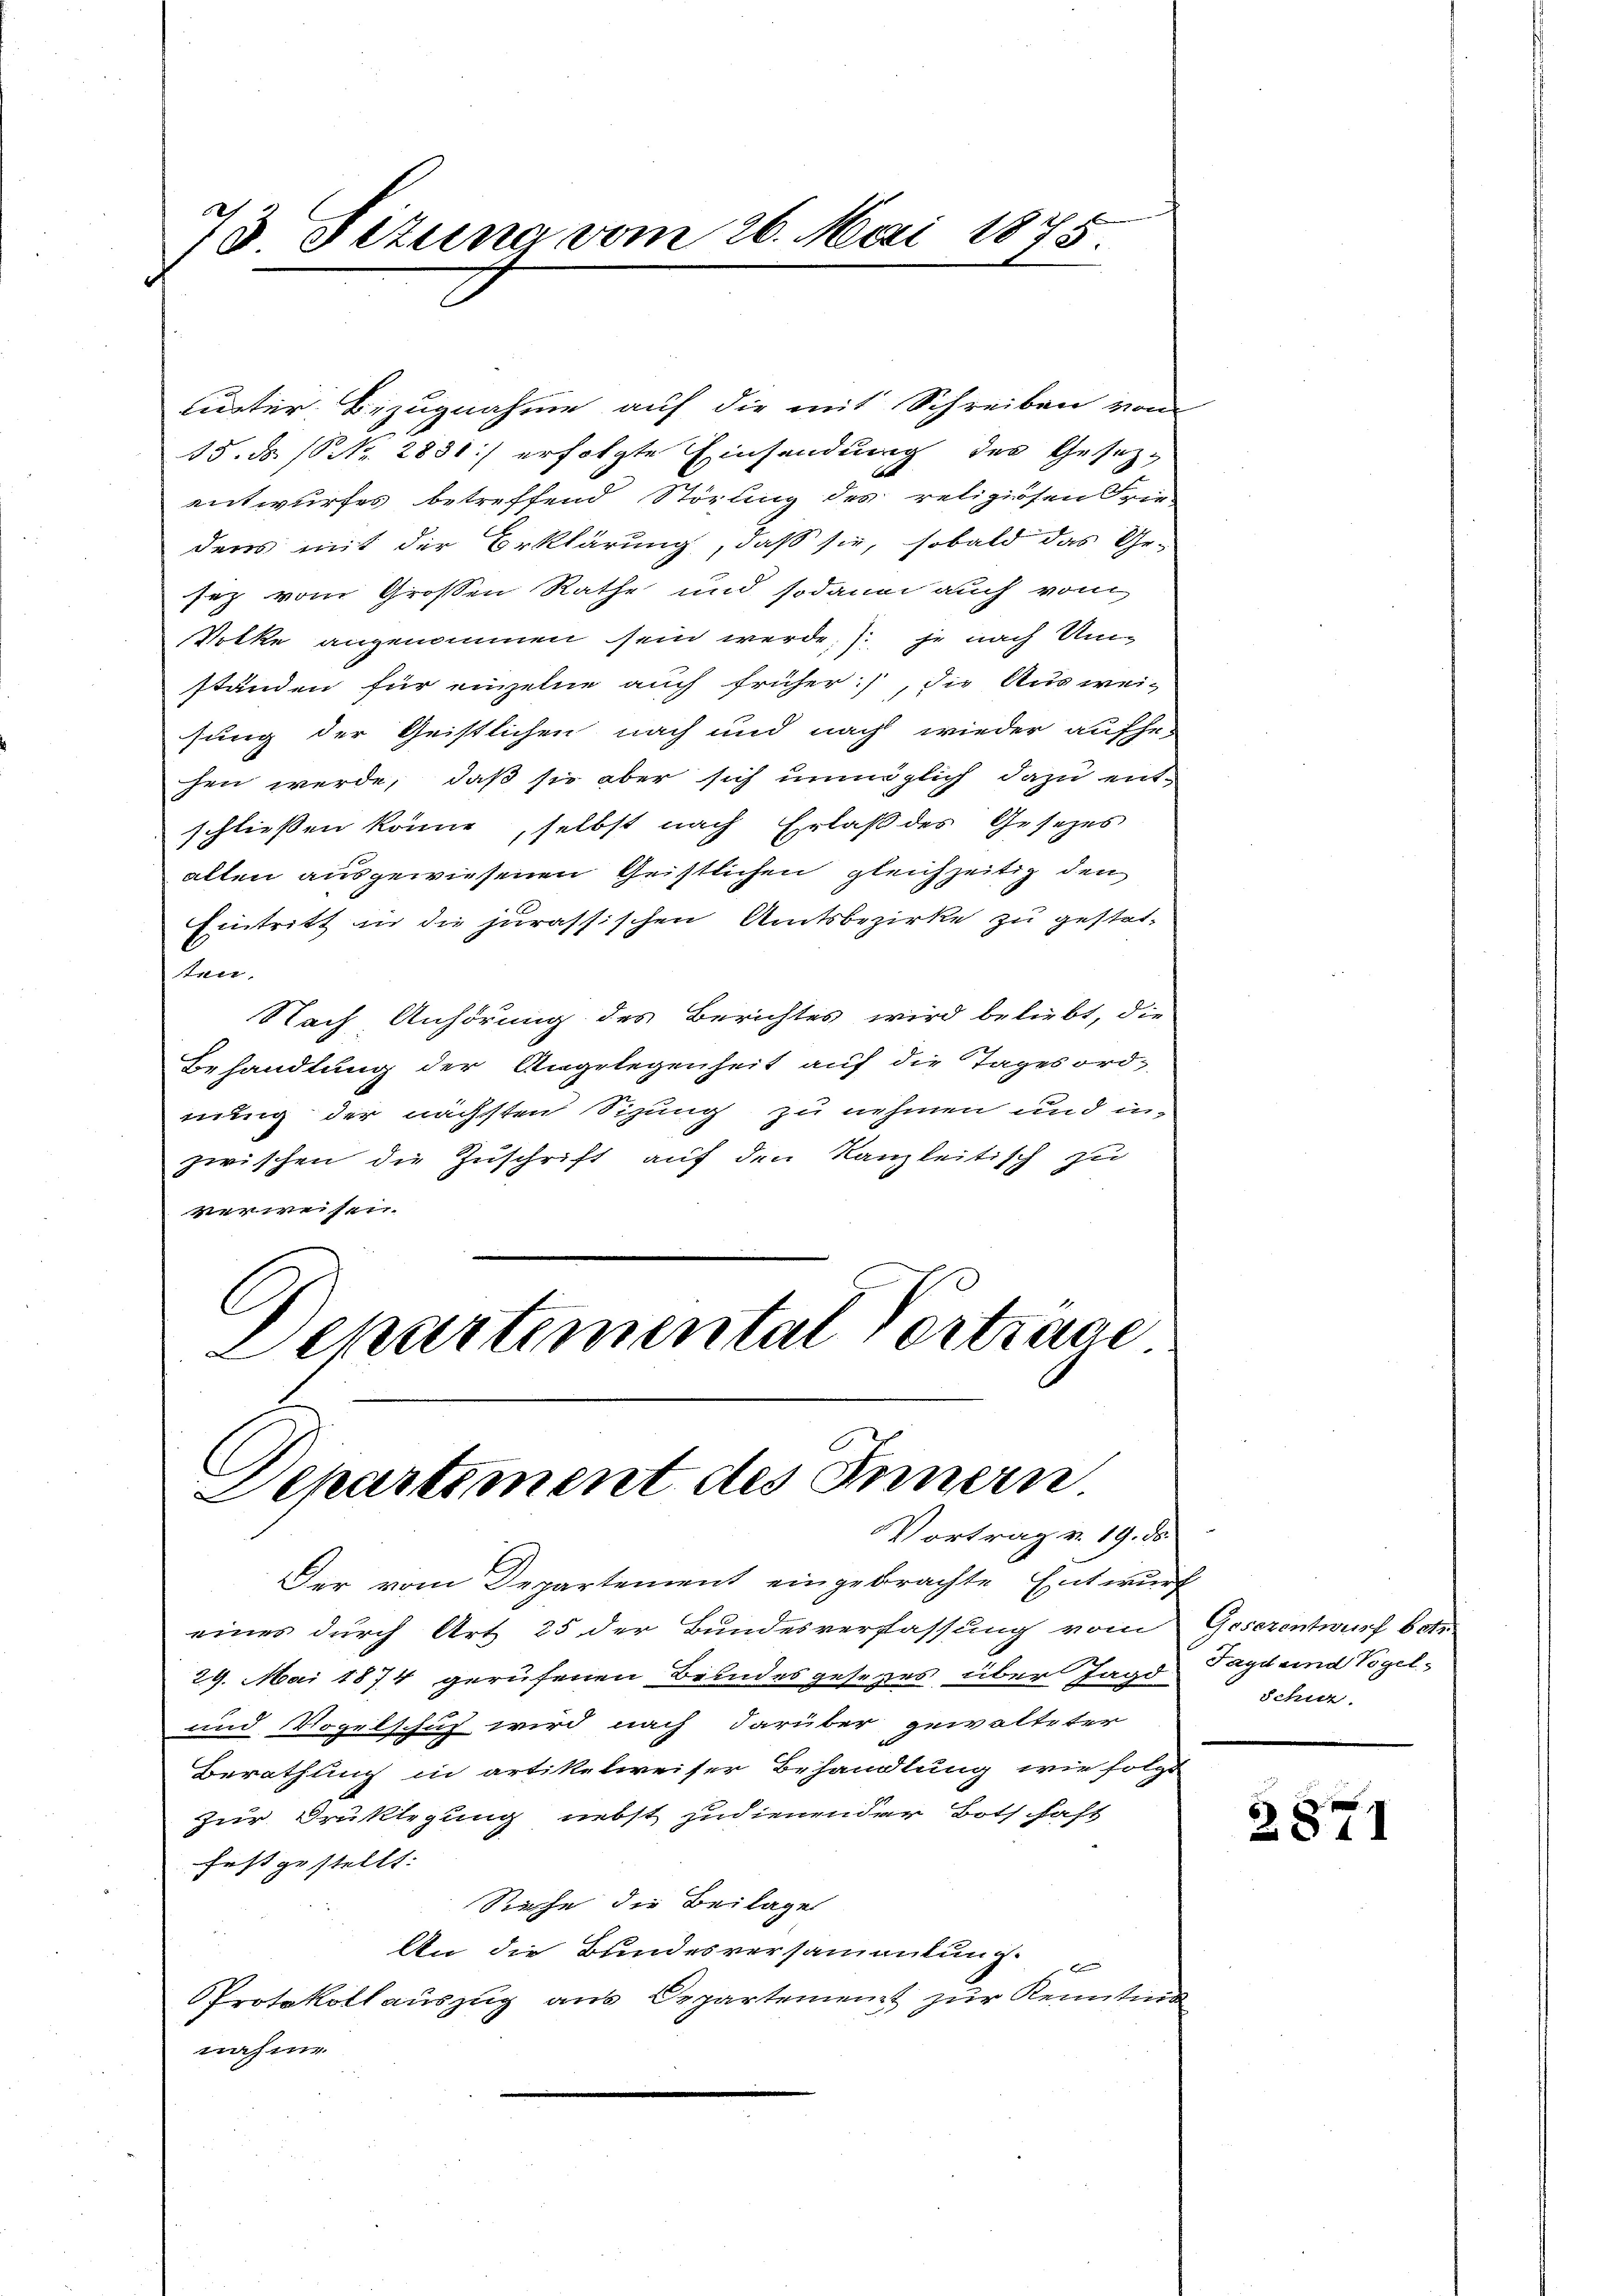
73 Situng vom 26. Mai 1875

Departiment des Innern.
Vortrag v. 19. ds.

Lister Bezugnahme auf die mit Schreiben vom
15. ds. (Nr. 2831) erfolgte Einsendung des Gesetz-
Cont
entwurfes betreffend Störling des religiösen Frie-
ders mit der Erklärung, daß sie, sobald das Ge-
sez vom Grossen Rathe und sodann auch vom
Volke angenommen sein werde, je nach Umständen für einzelne auch früher, die Ausweisung der Geistlichen nach und nach wieder aufhe-
sen werde, daß sie aber sich unmöglich dazu entschließen könne, selbst nach Erlaß des Gesetzes
allen ausgewiesenen Geistlichen gleichzeitig den
Eintritt in die jurassischen Amtsbezirke zu gestat-
kan.
Nach Anhörung des Berichtes wird beliebt, die
Behandlung der Angelegenheit auf die Tagesord-
nung der nächsten Sizung zu nehmen und inzwischen die Zuschrift auf den Kanzleitisch zu
verweisen.
C
ckartemental Vortrage

Der vom Departement eingebrachte Entwur
eines durch Art 25 der Bundesverfassung vom
29. Mai 1874 gerufenen Beindesgesetzes über Jagd Tag und Vogel¬
und Vogelschuf wird nach darüber gewalteter
Berathung in artikelweiser Behandlung wie folg
Zur Brüklegung nebst zudienen der Botschaft
festgestellt:
Rache die Beilage
An die Bundesversammlung.
Protokollauszug aus Departement zur Kenntin
nahme

¬
Gosezentwurf betr
Schier.

2871